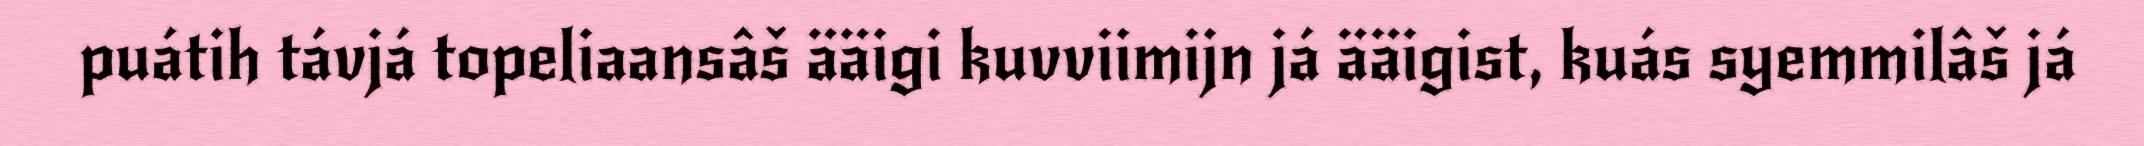
puátih távjá topeliaansâš ääigi kuvviimijn já ääigist, kuás syemmilâš já